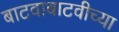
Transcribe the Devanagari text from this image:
बाटवाबाटवीच्या